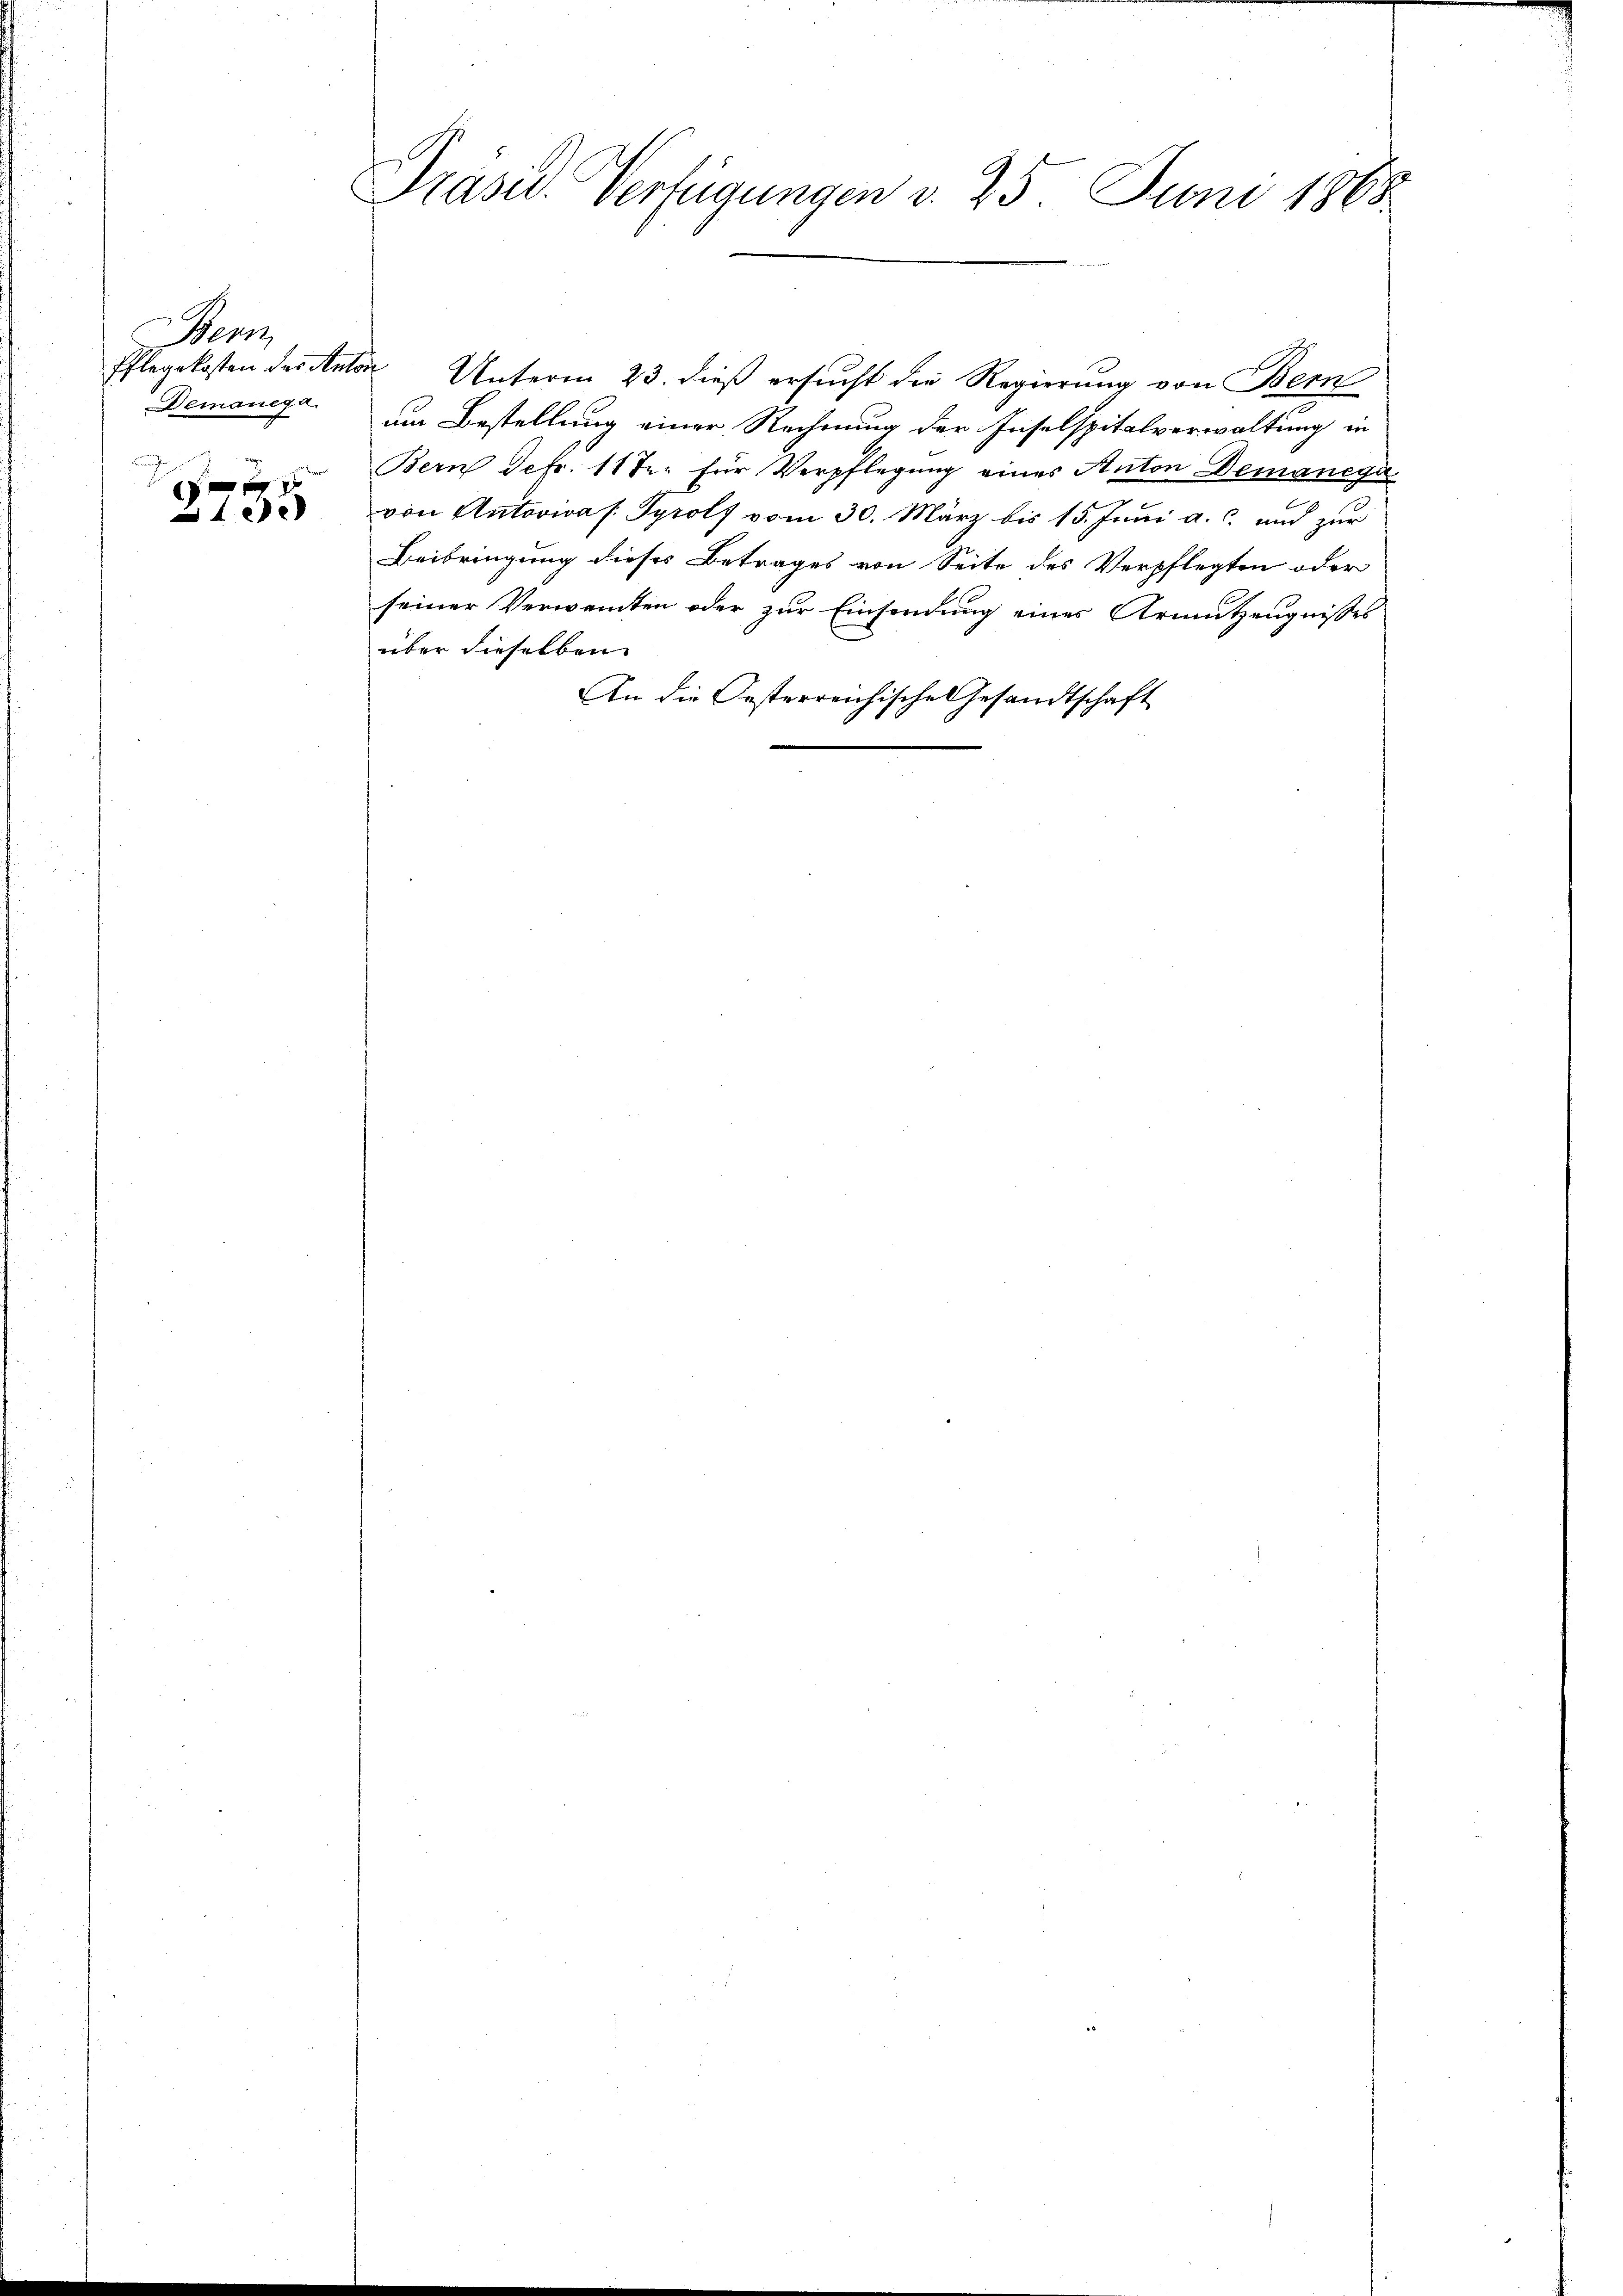
Henn
Pflegekosten der Anton
Demanega

8735

Präsid. Verfügungen d. 25. Juni 1868

Unterm 23. dieß ersucht die Regierung von Bern
um Bestellung einer Rechnung der Inselspitalverwaltung in
Bern Sefr. 11 ten für Verpflegung eines Anton Demanega
von Antoowas. Tyrolf vom 30. März bis 15. Juni a. c. und zur
Beibringung dieses Betrages von Seite des Verpflegten oder
seiner Verwandten oder zur Einsendung einer Armutzeugnisses
über dieselben
An die Oesterreichische Gesandtschaft